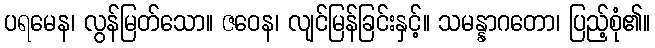
ပရမေန၊ လွန်မြတ်သော။ ဇဝေန၊ လျင်မြန်ခြင်းနှင့်။ သမန္နာဂတော၊ ပြည့်စုံ၏။